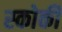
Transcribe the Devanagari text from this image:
स्‍कोकी